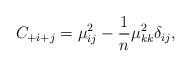
LaTeX: \begin{align*}C_{+i+j} = \mu^2_{ij} - {1 \over n} \mu^2_{kk} \delta_{ij},\end{align*}